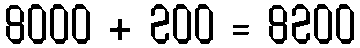
8000 + 200 = 8200